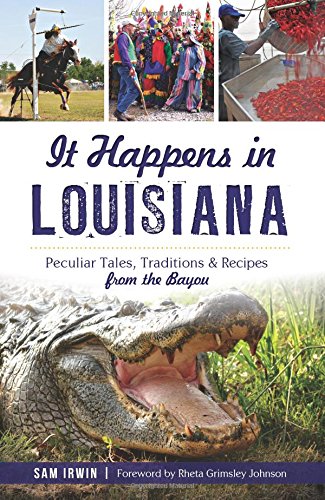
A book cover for It Happens in Louisiana:; Sam Irwin; Cookbooks, Food & Wine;